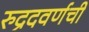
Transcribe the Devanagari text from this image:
रुद्रदवर्णची